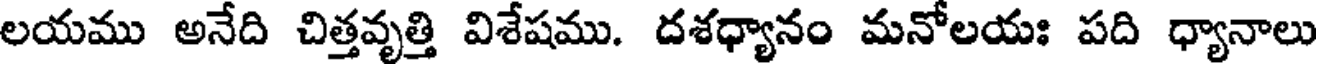
లయము అనేది చిత్తవృత్తి విశేషము. దశధ్యానం మనోలయః పది ధ్యానాలు